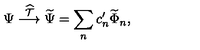
\Psi \stackrel { \widehat { \cal T } } { \longrightarrow } \widetilde \Psi = \sum _ { n } c _ { n } ^ { \prime } \widetilde \Phi _ { n } ,